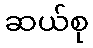
ဆယ်စု